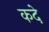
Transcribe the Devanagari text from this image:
कदे